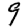
Digit: 9